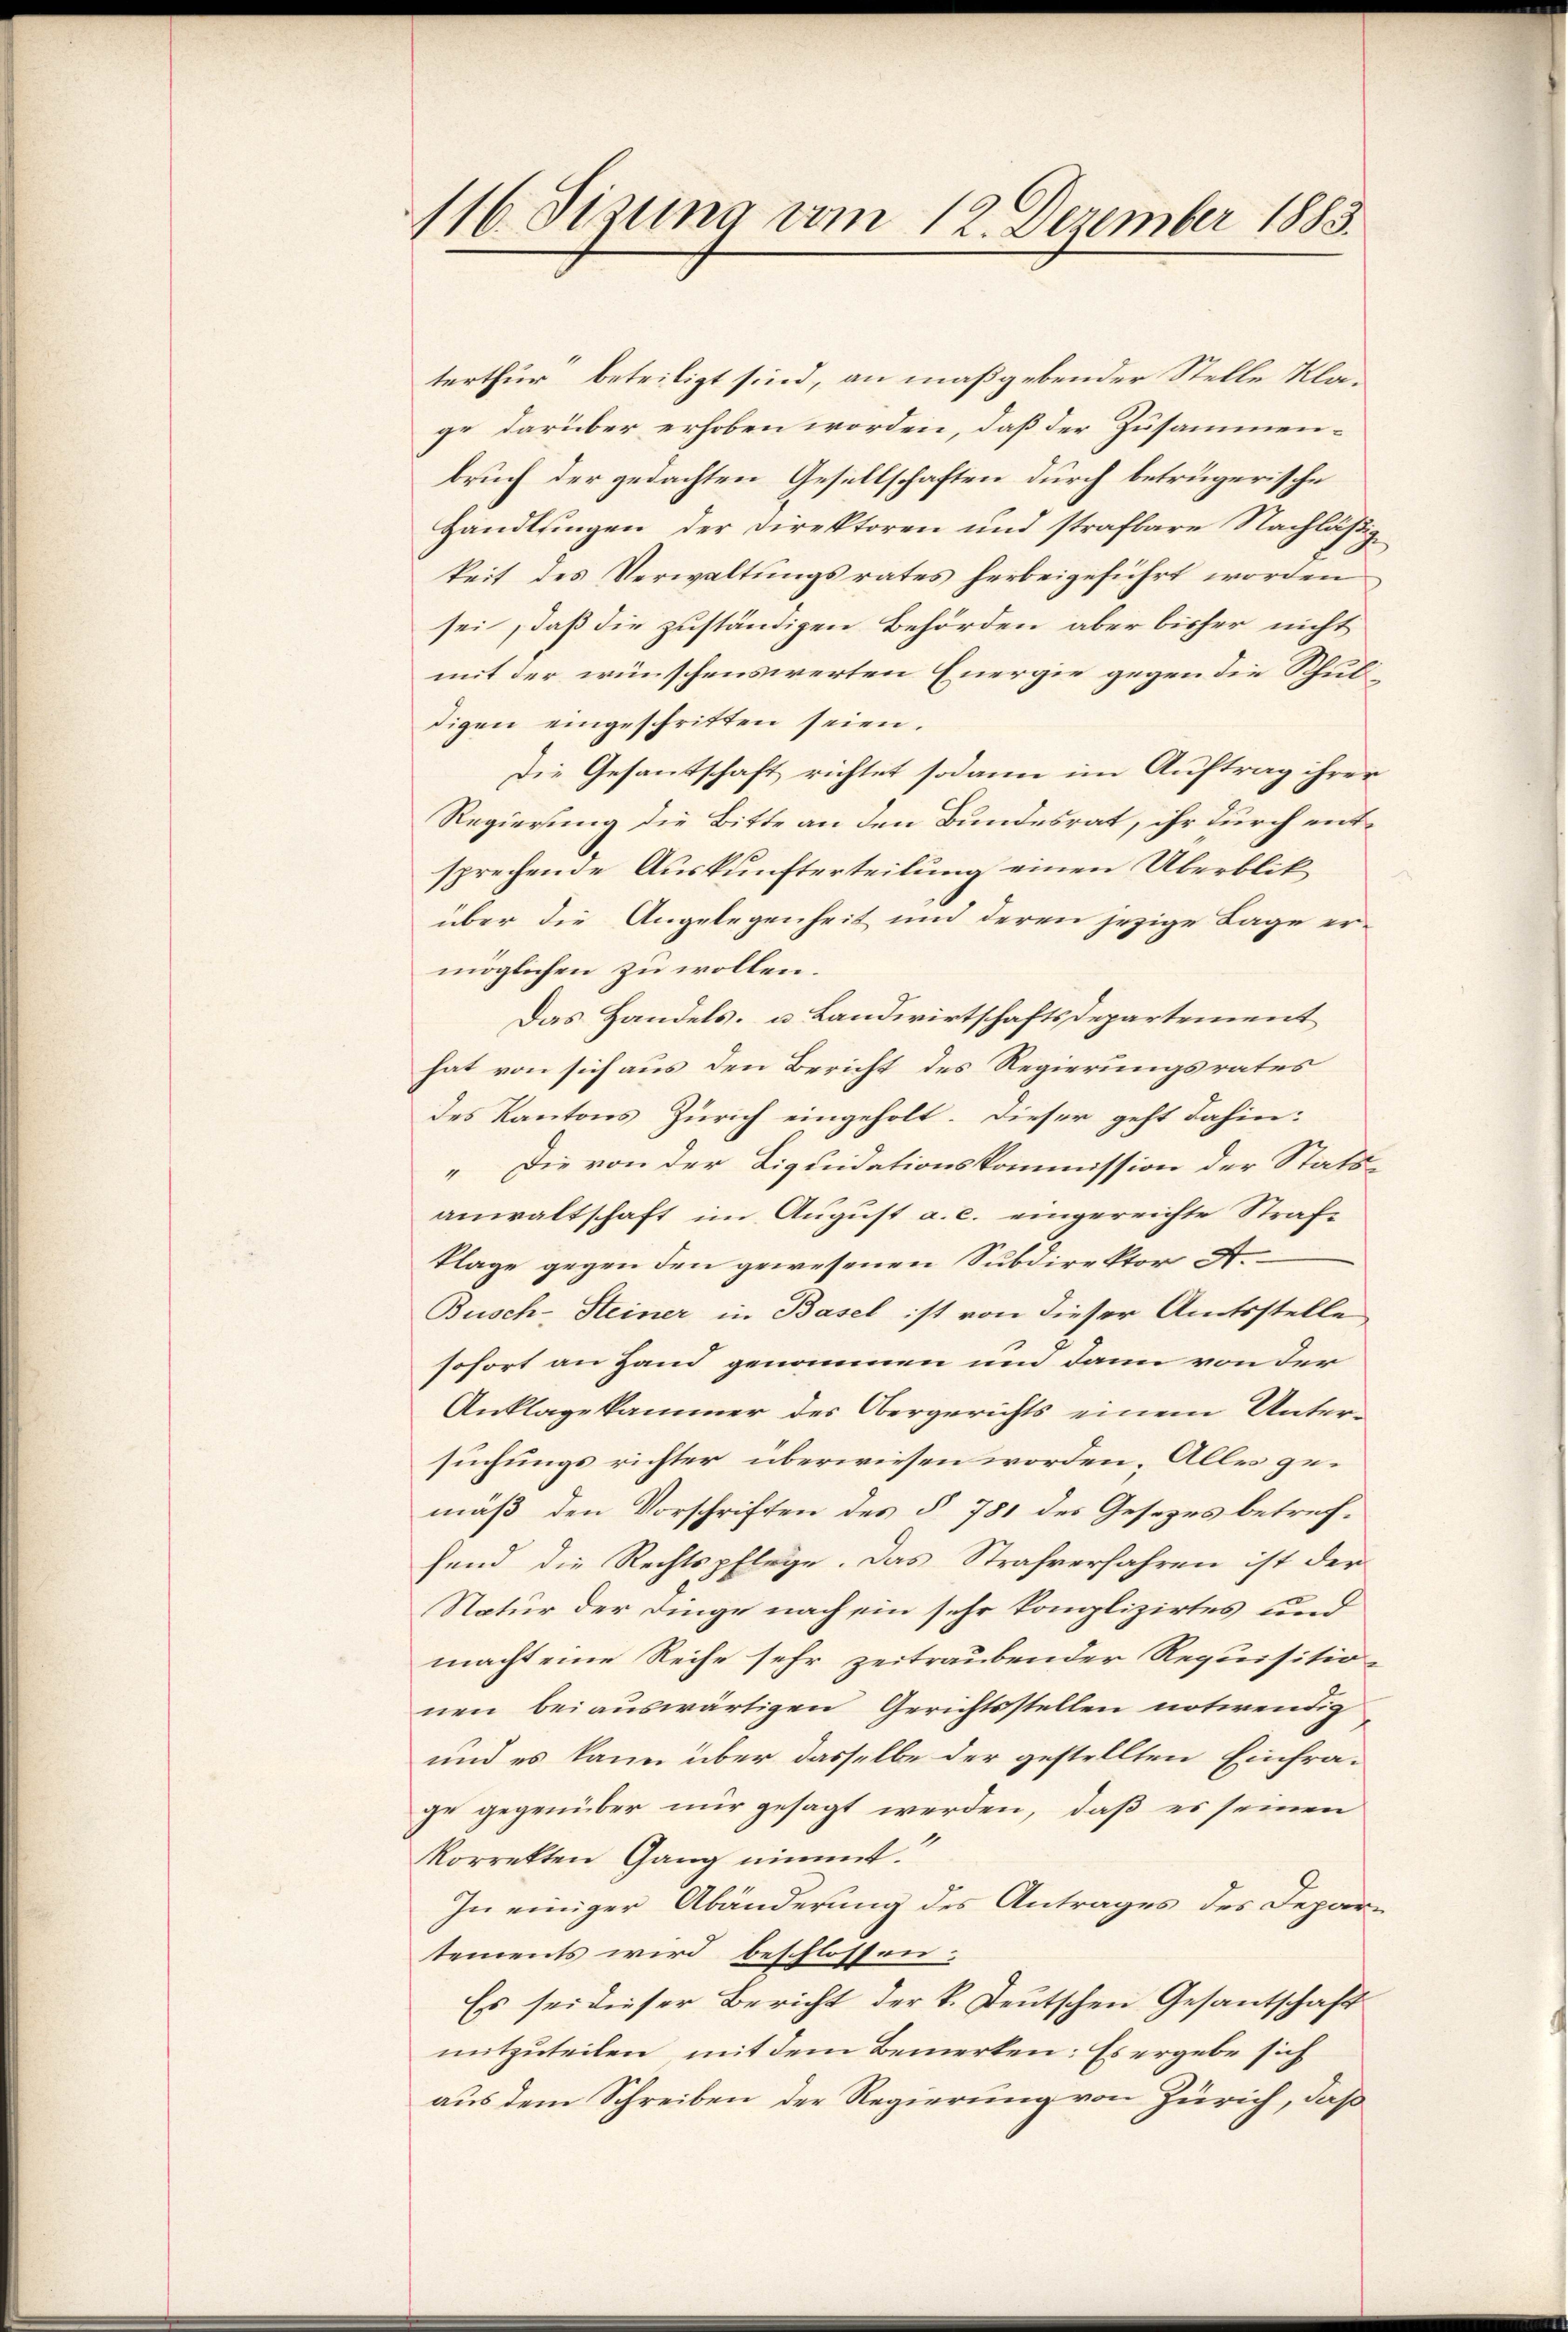
116. Sizung vom 12. Dezember 1883.

terthur beteiligt sind, an maßgebender Stelle Klage darüber erhoben worden, daß der Zusammenbruch der gedachten Gesellschaften durch betrügerische
Handlungen der Direktoren und strafbare Nachläßige
keit des Verwaltungsrates herbeigeführt worden
sei, daß die zuständigen Behörden aber bisher nicht
mit der wünschenswerten Energie gegen die Schuldigen eingeschritten seien.
Die Gesantschaft richtet sodann im Auftrag ihrer
Regierung die Bitte an den Bundesrat, ihr durch entsprechende Auskunfterteilung einen Überblik
über die Angelegenheit und deren jezige Lage ermöglichen zu wollen.
Das Handels- u. Landwirtschaftsdepartement
hat von sich aus den Bericht des Regierungsrates
des Kantons Zürich eingeholt. Dieser geht dahin:
„Die von der Liquidationskommission der Stattanwaltschaft im August a. c. eingereichte Strafklage gegen den gewesenen Subdirektor A.
Busch-Steiner in Basel ist von dieser Amtsstelle
sofort an Hand genommen um dann von der
Anklage kammer des Obergerichts einem Untersuchungs richter überwiesen worden. Alles gemäß den Vorschriften des § 781 des Gesezes betrefhend die Rechtspflege. Das Strafverfahren ist der
Natur der Dinge nach ein sehr komplizirtes und
macht eine Reihe sehr zeitraubender Requisitio-
nen bei auswärtigen Gerichtsstellen notwendig
und es kann über dasselbe der gestellten Einfrage gegenüber nur gesagt werden, daß es seinen
korrekten Gang nimmt.
In einiger Abänderung des Antrages des Departements wird beschlossen.
Es sei dieser Bericht der k. Deutschen Gesantschaft
mitzuteilen, mit dem Bemerken: Es ergebe sich
aus dem Schreiben der Regierung von Zürich, daß